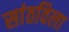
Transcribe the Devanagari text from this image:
सांठविला